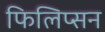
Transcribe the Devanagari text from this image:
फिलिप्सन